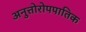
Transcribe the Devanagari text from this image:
अनुत्तोरोपपातिक